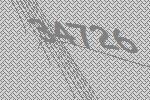
34726